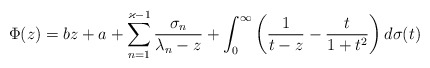
\begin{align*} \Phi(z)= bz + a + \sum_{n=1}^{\varkappa-1}\frac{\sigma_n}{\lambda_n-z} + \int_0^\infty\left(\frac{1}{t-z}-\frac{t}{1+t^2}\right)d\sigma(t) \end{align*}